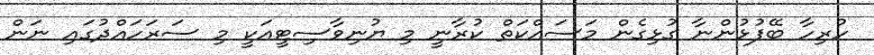
ހުރިހާ ބޭފުޅުންނާ ގުޅިގެން މަސައްކަތް ކުރާނީ މި ޔުނިވާސިޓީއަކީ މި ސަރަހައްދުގައި ނަން